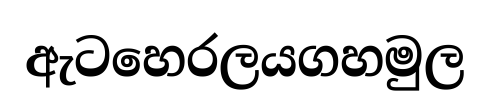
ඇටහෙරලයගහමුල